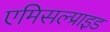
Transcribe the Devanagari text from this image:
एमिसल्प्राइड